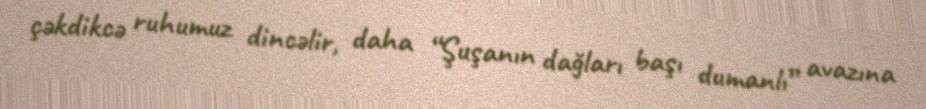
çəkdikcə ruhumuz dincəlir, daha “Şuşanın dağları başı dumanlı” avazına